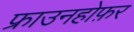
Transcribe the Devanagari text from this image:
फ्राउनहोफ़र